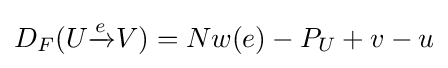
D_{F}(U{\xrightarrow {e}}V)=Nw(e)-P_{U}+v-u